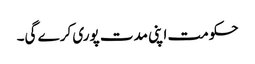
حکومت اپنی مدت پوری کرے گی۔